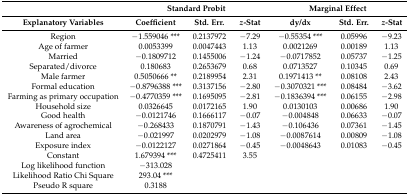
<table><thead><tr><td></td><td colspan="3"><b>Standard Probit</b></td><td colspan="3"><b>Marginal Effect</b></td></tr><tr><td><b>Explanatory Variables</b></td><td><b>Coefficient</b></td><td><b>Std. Err.</b></td><td><b><i>z</i>-Stat</b></td><td><b>dy/dx</b></td><td><b>Std. Err.</b></td><td><b><i>z</i>-Stat</b></td></tr></thead><tbody><tr><td>Region</td><td>−1.559046 ***</td><td>0.2137972</td><td>−7.29</td><td>−0.55354 ***</td><td>0.05996</td><td>−9.23</td></tr><tr><td>Age of farmer</td><td>0.0053399</td><td>0.0047443</td><td>1.13</td><td>0.0021269</td><td>0.00189</td><td>1.13</td></tr><tr><td>Married</td><td>−0.1809712</td><td>0.1455006</td><td>−1.24</td><td>−0.0717852</td><td>0.05737</td><td>−1.25</td></tr><tr><td>Separated/divorce</td><td>0.180683</td><td>0.2653679</td><td>0.68</td><td>0.0713527</td><td>0.10345</td><td>0.69</td></tr><tr><td>Male farmer</td><td>0.5050666 **</td><td>0.2189954</td><td>2.31</td><td>0.1971413 **</td><td>0.08108</td><td>2.43</td></tr><tr><td>Formal education</td><td>−0.8796388 ***</td><td>0.3137156</td><td>−2.80</td><td>−0.3070321 ***</td><td>0.08484</td><td>−3.62</td></tr><tr><td>Farming as primary occupation</td><td>−0.4770359 ***</td><td>0.1695095</td><td>−2.81</td><td>−0.1836394 ***</td><td>0.06155</td><td>−2.98</td></tr><tr><td>Household size</td><td>0.0326645</td><td>0.0172165</td><td>1.90</td><td>0.0130103</td><td>0.00686</td><td>1.90</td></tr><tr><td>Good health</td><td>−0.0121746</td><td>0.1666117</td><td>−0.07</td><td>−0.004848</td><td>0.06633</td><td>−0.07</td></tr><tr><td>Awareness of agrochemical</td><td>−0.268433</td><td>0.1870791</td><td>−1.43</td><td>−0.106436</td><td>0.07361</td><td>−1.45</td></tr><tr><td>Land area</td><td>−0.021997</td><td>0.0202979</td><td>−1.08</td><td>−0.0087614</td><td>0.00809</td><td>−1.08</td></tr><tr><td>Exposure index</td><td>−0.0122127</td><td>0.0271864</td><td>−0.45</td><td>−0.0048643</td><td>0.01083</td><td>−0.45</td></tr><tr><td>Constant</td><td>1.679394 ***</td><td>0.4725411</td><td>3.55</td><td></td><td></td><td></td></tr><tr><td>Log likelihood function</td><td>−313.028</td><td></td><td></td><td></td><td></td><td></td></tr><tr><td>Likelihood Ratio Chi Square</td><td>293.04 ***</td><td></td><td></td><td></td><td></td><td></td></tr><tr><td>Pseudo R square</td><td>0.3188</td><td></td><td></td><td></td><td></td><td></td></tr></tbody></table>